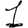
Digit: 1